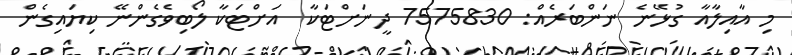
މި އާއިލާއާ ގުޅޭނެ ނަންބަރެއް: 7575830 ދީނަށްޓަކާ  އަށްޓަކާ ލޯބިވެގެންނޭ ކިޔައިގެން